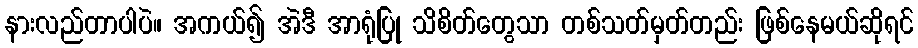
နားလည်တာပါပဲ။ အကယ်၍ အဲဒီ အာရုံပြု သိစိတ်တွေသာ တစ်သတ်မှတ်တည်း ဖြစ်နေမယ်ဆိုရင်